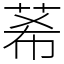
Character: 莃